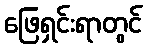
ဖြေရှင်းရာတွင်